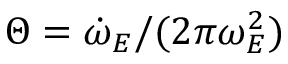
\Theta = \dot { \omega } _ { E } / ( 2 \pi \omega _ { E } ^ { 2 } )